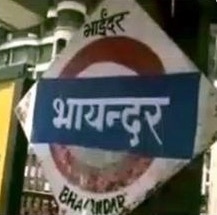
Language: marathi
Transcription: भायन्दर